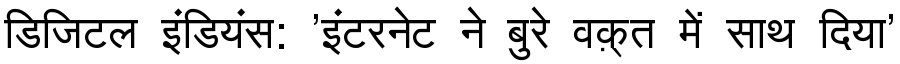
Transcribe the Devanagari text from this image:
डिजिटल इंडियंस: 'इंटरनेट ने बुरे वक़्त में साथ दिया'